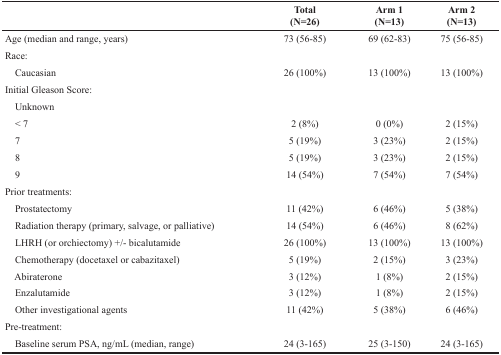
|  | Total(N=26) | Arm 1(N=13) | Arm 2(N=13) |
 | --- | --- | --- | --- |
 | Age (median and range, years) | 73 (56-85) | 69 (62-83) | 75 (56-85) |
 | Race: |  |  |  |
 | Caucasian | 26 (100%) | 13 (100%) | 13 (100%) |
 | Initial Gleason Score: |  |  |  |
 | Unknown |  |  |  |
 | < 7 | 2 (8%) | 0 (0%) | 2 (15%) |
 | 7 | 5 (19%) | 3 (23%) | 2 (15%) |
 | 8 | 5 (19%) | 3 (23%) | 2 (15%) |
 | 9 | 14 (54%) | 7 (54%) | 7 (54%) |
 | Prior treatments: |  |  |  |
 | Prostatectomy | 11 (42%) | 6 (46%) | 5 (38%) |
 | Radiation therapy (primary, salvage, or palliative) | 14 (54%) | 6 (46%) | 8 (62%) |
 | LHRH (or orchiectomy) +/- bicalutamide | 26 (100%) | 13 (100%) | 13 (100%) |
 | Chemotherapy (docetaxel or cabazitaxel) | 5 (19%) | 2 (15%) | 3 (23%) |
 | Abiraterone | 3 (12%) | 1 (8%) | 2 (15%) |
 | Enzalutamide | 3 (12%) | 1 (8%) | 2 (15%) |
 | Other investigational agents | 11 (42%) | 5 (38%) | 6 (46%) |
 | Pre-treatment: |  |  |  |
 | Baseline serum PSA, ng/mL (median, range) | 24 (3-165) | 25 (3-150) | 24 (3-165) |